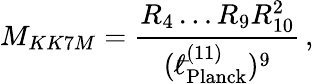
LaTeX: M_{KK7M}=\frac{R_{4}\ldots R_{9}R_{10}^{2}}{({}^{-}\! \! \! \! \ell_{\mathrm{Planck}}^{(11)})^{9}}\, ,